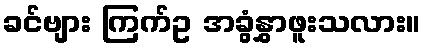
ခင်ဗျား ကြက်ဥ အခွံနွှာဖူးသလား။